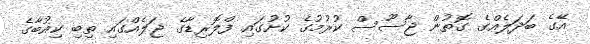
އޭގެ ބަދަލެއްގެ ގޮތުން ޖާސޫސް ކުރުމުގެ ކުށުގައި ފްލޮރިޑާގެ ޖަލެއްގައި ތިބި ކިއުބާގެ